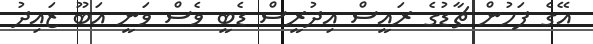
އޭގެ ފަހުން ޗާޑުގެ ރައީސް އިދުރީސް ޑެބީ ވެސް ވަނީ އަބޫ ޒައިދު